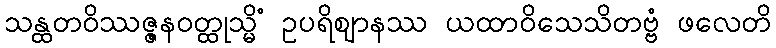
သန္ထတဝိဿဇ္ဇနဝတ္ထုသ္မိံ ဥပရိဈာနဿ ယထာဝိသေသိတဗ္ဗံ ဖလေတိ